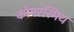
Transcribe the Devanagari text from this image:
कॉपरस्मिथ